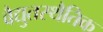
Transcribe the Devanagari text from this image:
वैद्युतस्थैतिक